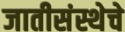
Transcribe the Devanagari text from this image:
जातीसंस्थेचे